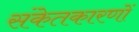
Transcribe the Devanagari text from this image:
संकेतकारणों